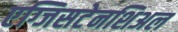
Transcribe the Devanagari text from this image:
एग्जिसटेनशिअल